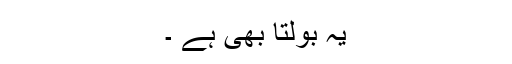
یہ بولتا بھی ہے ۔